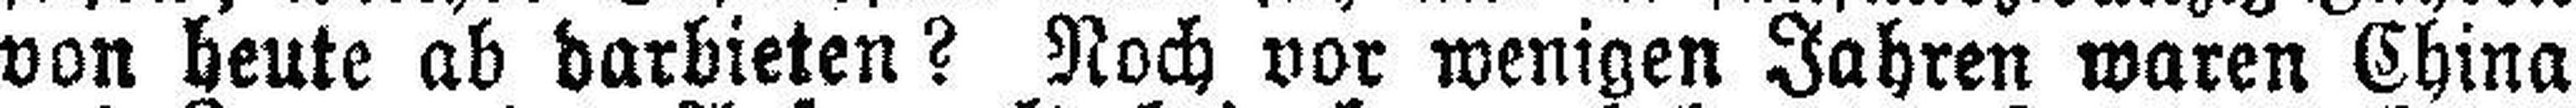
von heute ab darbieten? Noch vor wenigen Jahren waren China